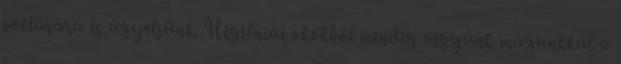
pótlására is ügyeljünk. Higiéniai okokból mindig vigyünk magunkkal a